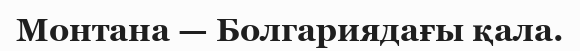
Монтана — Болгариядағы қала.